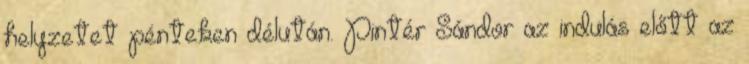
helyzetet pénteken délután. Pintér Sándor az indulás előtt az